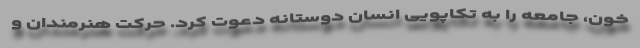
خون، جامعه را به تکاپویی انسان دوستانه دعوت کرد. حرکت هنرمندان و